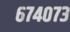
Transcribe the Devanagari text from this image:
६७४०७३